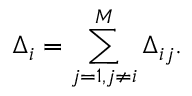
\Delta _ { i } = \sum _ { j = 1 , j \ne i } ^ { M } \Delta _ { i j } .